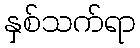
နှစ်သက်ရာ